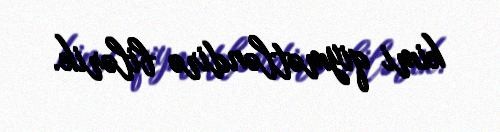
kimi qiymətləndirə bilərik.